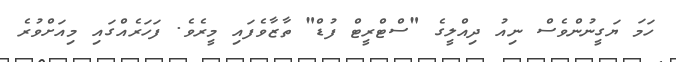
ހަމަ ޔަގީނުންވެސް ނިއު ދިއްލީގެ "ސްޓްރީޓް ފުޑް" ތާޒާވެފައި މީރެވެ. ފަހަރެއްގައި މިއަށްވުރެ